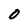
Character: 0